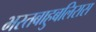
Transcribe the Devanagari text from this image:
भरतबाहुबलिरास